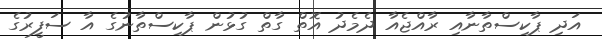
އަދި ޕާކިސްތާނާއި ރާއްޖެއާ ދެމެދު އޮތް ގާތް ގުޅުން ޕާކިސްތާނުގެ އާ ސަފީރުގެ